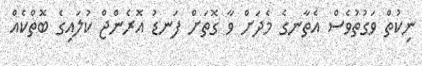
ނިކުތް ވަގުތުވެސް އެތާނގެ މެދަށް ވާ ގޮތަށް ފަނޑު އޮރެންޖް ކުލައިގެ ބޮތްކެއް